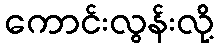
ကောင်းလွန်းလို့